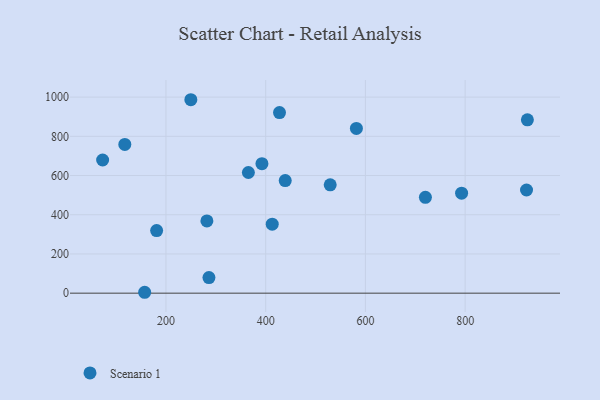
{"axis": {"x": "Speed", "y": "Yield"}, "legend": ["Scenario 1"], "data": [{"x": "923.1", "y": 526.2, "type": "Scenario 1"}, {"x": "365.3", "y": 615.4, "type": "Scenario 1"}, {"x": "73.0", "y": 679.2, "type": "Scenario 1"}, {"x": "792.9", "y": 510.2, "type": "Scenario 1"}, {"x": "282.1", "y": 368.5, "type": "Scenario 1"}, {"x": "924.8", "y": 884.4, "type": "Scenario 1"}, {"x": "249.9", "y": 986.7, "type": "Scenario 1"}, {"x": "181.3", "y": 319.3, "type": "Scenario 1"}, {"x": "581.9", "y": 840.2, "type": "Scenario 1"}, {"x": "413.1", "y": 352.0, "type": "Scenario 1"}, {"x": "286.2", "y": 79.3, "type": "Scenario 1"}, {"x": "439.2", "y": 574.3, "type": "Scenario 1"}, {"x": "529.4", "y": 552.5, "type": "Scenario 1"}, {"x": "427.7", "y": 921.0, "type": "Scenario 1"}, {"x": "157.3", "y": 4.5, "type": "Scenario 1"}, {"x": "720.3", "y": 489.0, "type": "Scenario 1"}, {"x": "392.5", "y": 660.7, "type": "Scenario 1"}, {"x": "117.5", "y": 758.8, "type": "Scenario 1"}]}